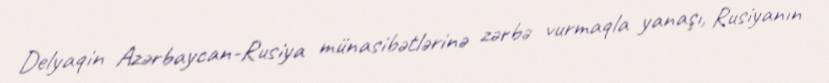
Delyaqin Azərbaycan-Rusiya münasibətlərinə zərbə vurmaqla yanaşı, Rusiyanın